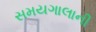
સમયગાલાની